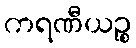
ကရဏီယဉ္စ